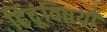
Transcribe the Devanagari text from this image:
हिंदूंविषयी